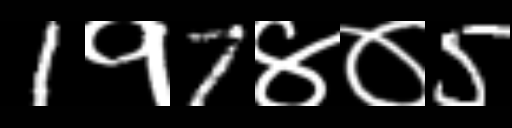
Text: 1१7४०5